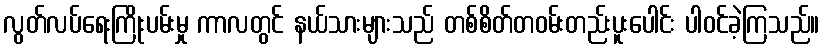
လွတ်လပ်ရေးကြိုးပမ်းမှု ကာလတွင် နယ်သားများသည် တစ်စိတ်တဝမ်းတည်းပူးပေါင်း ပါဝင်ခဲ့ကြသည်။